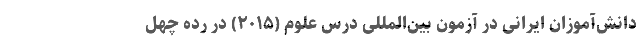
دانش‌آموزان ایرانی در آزمون بین‌المللی درس علوم (۲۰۱۵) در رده چهل